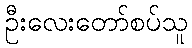
ဦးလေးတော်စပ်သူ